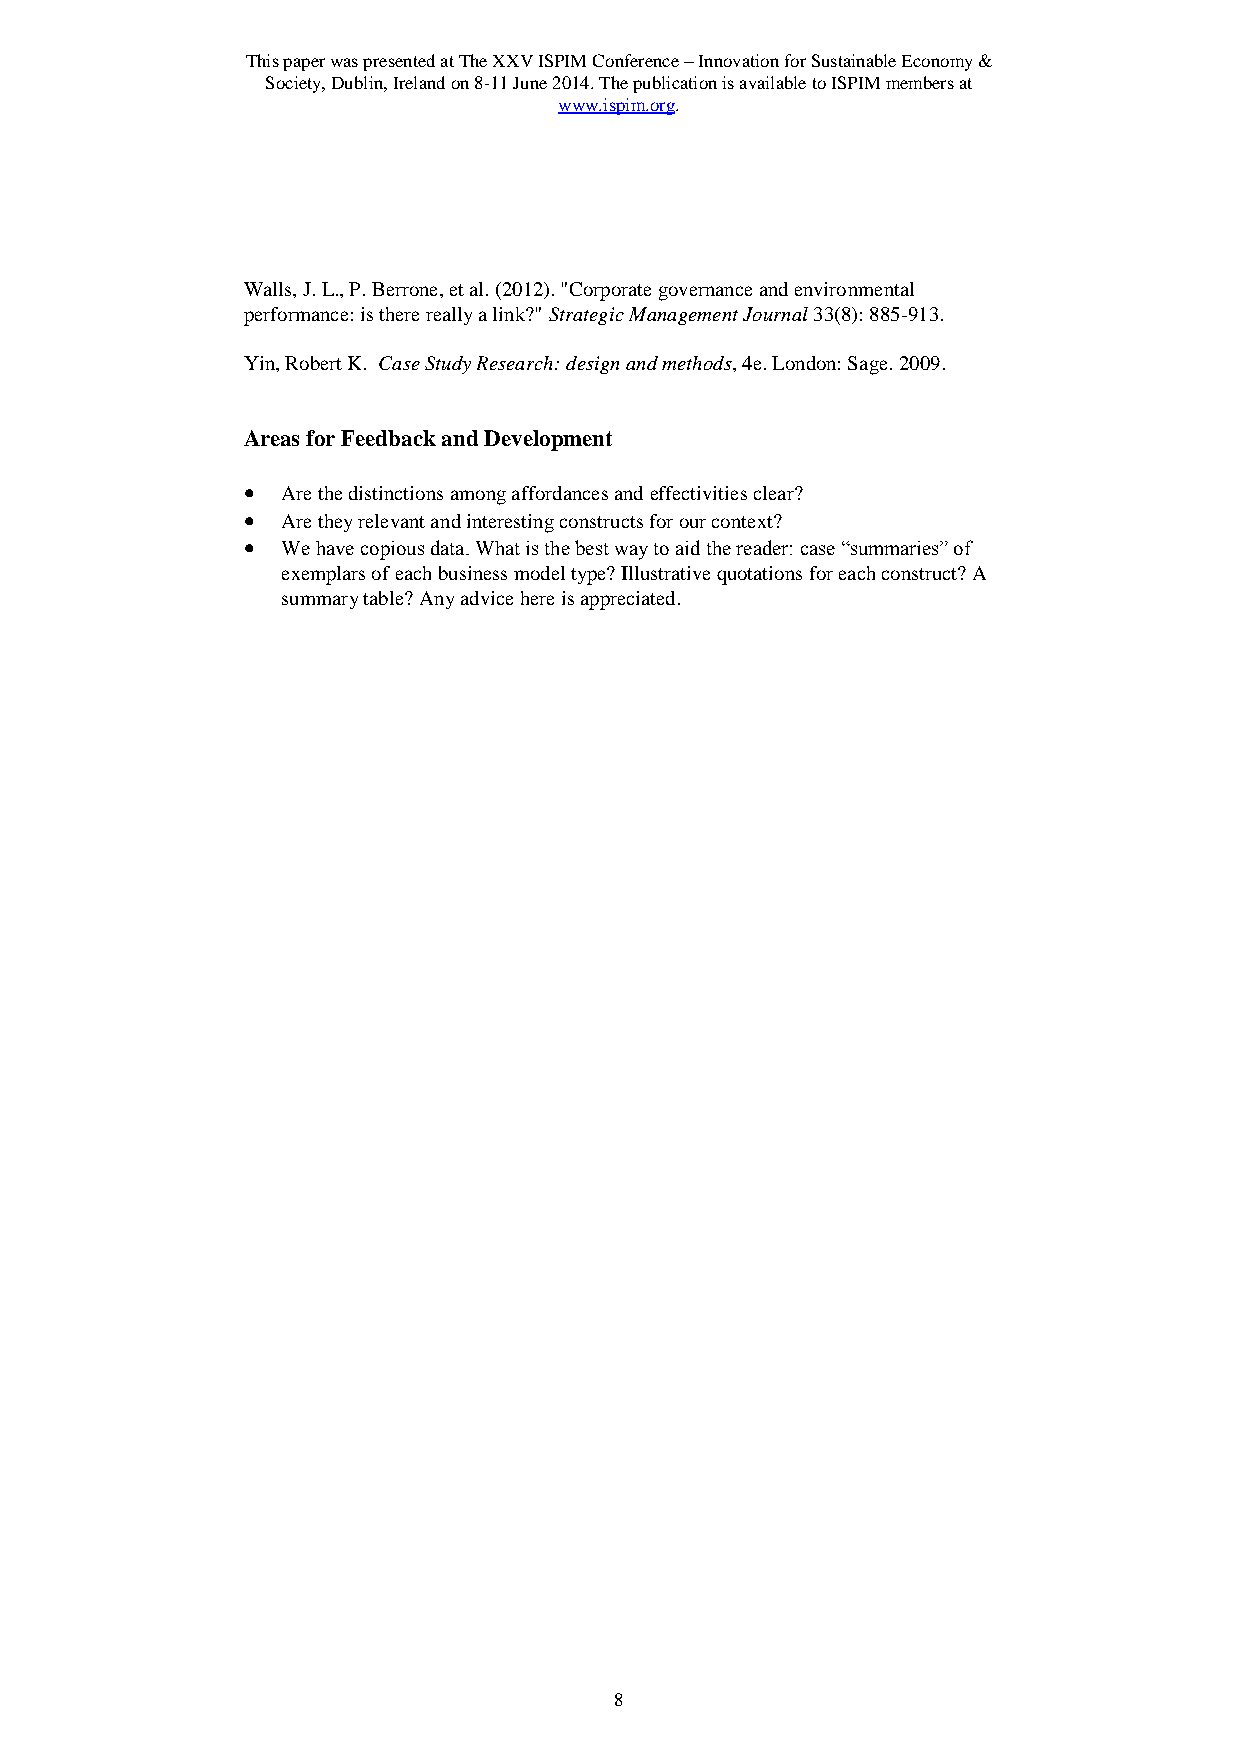
This paper was presented at The XXV ISPIM Conference – Innovation for Sustainable Economy &
 Society, Dublin, Ireland on 8-11 June 2014. The publication is available to ISPIM members at
 www.ispim.org.
 Walls, J. L., P. Berrone, et al. (2012). "Corporate governance and environmental
 performance: is there really a link?" Strategic Management Journal 33(8): 885-913.
 Yin, Robert K. Case Study Research: design and methods, 4e. London: Sage. 2009.
 Areas for Feedback and Development
   Are the distinctions among affordances and effectivities clear?
   Are they relevant and interesting constructs for our context?
   We have copious data. What is the best way to aid the reader: case “summaries” of
 exemplars of each business model type? Illustrative quotations for each construct? A
 summary table? Any advice here is appreciated.
 8